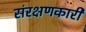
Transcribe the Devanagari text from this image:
संरक्षणकारी